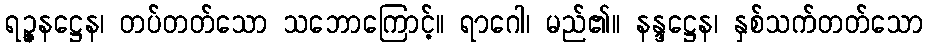
ရဉ္ဇနဋ္ဌေန၊ တပ်တတ်သော သဘောကြောင့်။ ရာဂေါ၊ မည်၏။ နန္ဒဋ္ဌေန၊ နှစ်သက်တတ်သော